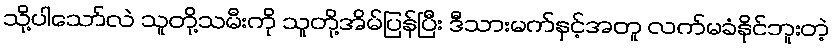
သို့ပါသော်လဲ သူတို့သမီးကို သူတို့အိမ်ပြန်ပြီး ဒီသားမက်နှင့်အတူ လက်မခံနိုင်ဘူးတဲ့